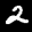
Label: 2